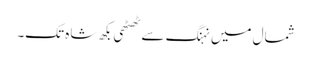
شمال میں نہنگ سے ٹھٹھی بکھ شاہ تک۔